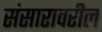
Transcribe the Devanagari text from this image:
संसारावरील